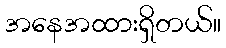
အနေအထားရှိတယ်။